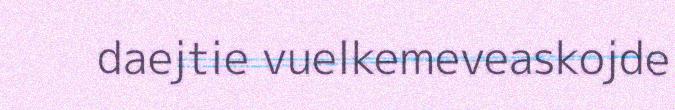
daejtie vuelkemeveaskojde